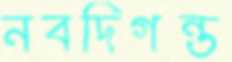
নবদিগন্ত